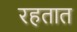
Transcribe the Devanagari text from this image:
रहतात